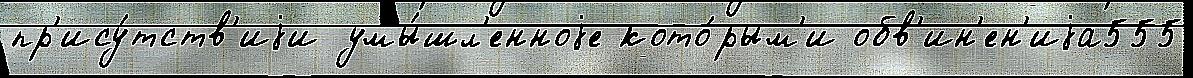
пр'ису́тств'иjи умы́шл'енноjе кото́рым'и обв'ин'ен'иjа555